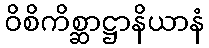
ဝိစိကိစ္ဆာဋ္ဌာနိယာနံ